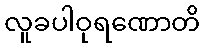
လူခပါဝုရဏောတိ